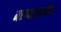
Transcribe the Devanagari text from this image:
मरण्याआगोदर